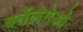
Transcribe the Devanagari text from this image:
बर्तेलेमेओ